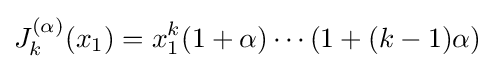
J_{k}^{(\alpha )}(x_{1})=x_{1}^{k}(1+\alpha )\cdots (1+(k-1)\alpha )